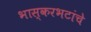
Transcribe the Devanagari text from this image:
भास्करभटांचे